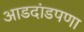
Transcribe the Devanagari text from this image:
आडदांडपणा